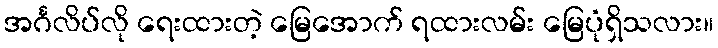
အင်္ဂလိပ်လို ရေးထားတဲ့ မြေအောက် ရထားလမ်း မြေပုံရှိသလား။